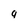
Character: q